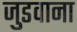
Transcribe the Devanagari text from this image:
जुडवाना